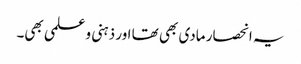
یہ انحصار مادی بھی تھا اور ذہنی و علمی بھی۔